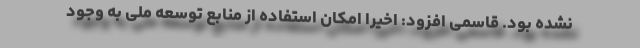
نشده بود. قاسمی افزود: اخیرا امکان استفاده از منابع توسعه ملی به وجود